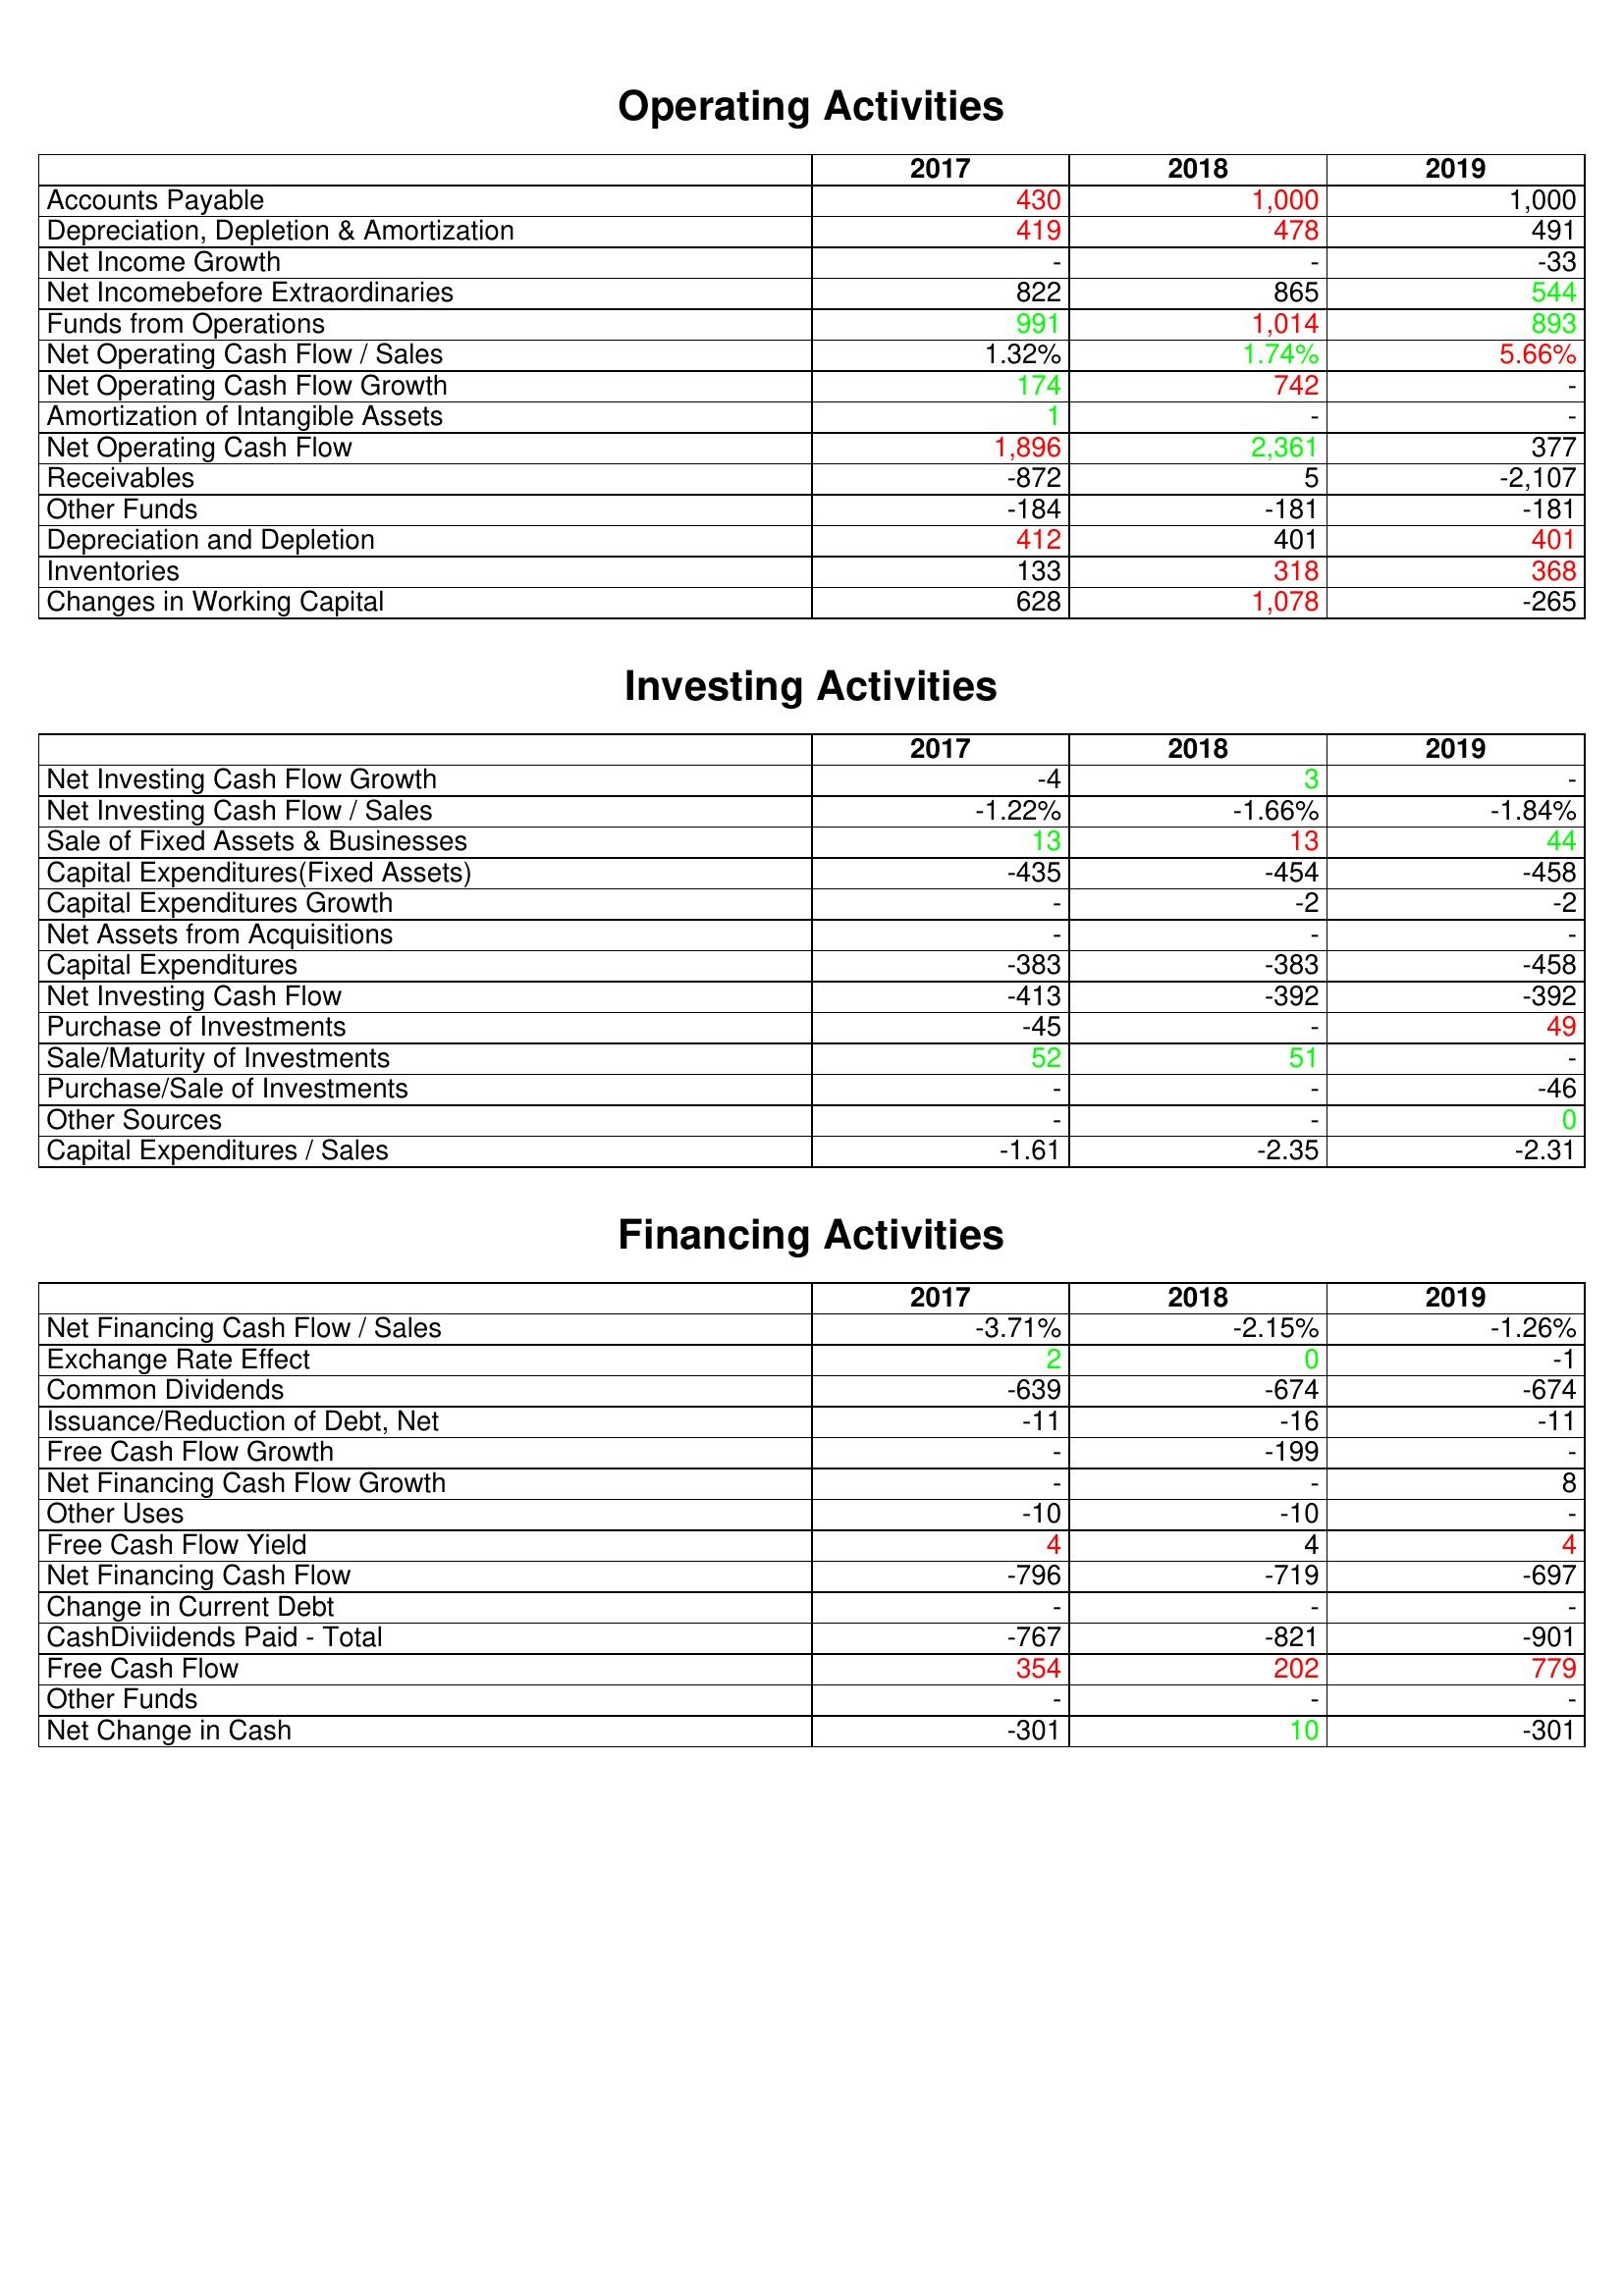
gt_parse: 2017: Operating Activities: Accounts Payable: 430
Depreciation, Depletion & Amortization: 419
Net Income Growth: -
Net Incomebefore Extraordinaries: 822
Funds from Operations: 991
Net Operating Cash Flow / Sales: 1.32%
Net Operating Cash Flow Growth: 174
Amortization of Intangible Assets: 1
Net Operating Cash Flow: 1,896
Receivables: -872
Other Funds: -184
Depreciation and Depletion: 412
Inventories: 133
Changes in Working Capital: 628
Investing Activities: Net Investing Cash Flow Growth: -4
Net Investing Cash Flow / Sales: -1.22%
Sale of Fixed Assets & Businesses: 13
Capital Expenditures(Fixed Assets): -435
Capital Expenditures Growth: -
Net Assets from Acquisitions: -
Capital Expenditures: -383
Net Investing Cash Flow: -413
Purchase of Investments: -45
Sale/Maturity of Investments: 52
Purchase/Sale of Investments: -
Other Sources: -
Capital Expenditures / Sales: -1.61
Financing Activities: Net Financing Cash Flow / Sales: -3.71%
Exchange Rate Effect: 2
Common Dividends: -639
Issuance/Reduction of Debt, Net: -11
Free Cash Flow Growth: -
Net Financing Cash Flow Growth: -
Other Uses: -10
Free Cash Flow Yield: 4
Net Financing Cash Flow: -796
Change in Current Debt: -
CashDiviidends Paid - Total: -767
Free Cash Flow: 354
Other Funds: -
Net Change in Cash: -301
2018: Operating Activities: Accounts Payable: 1,000
Depreciation, Depletion & Amortization: 478
Net Income Growth: -
Net Incomebefore Extraordinaries: 865
Funds from Operations: 1,014
Net Operating Cash Flow / Sales: 1.74%
Net Operating Cash Flow Growth: 742
Amortization of Intangible Assets: -
Net Operating Cash Flow: 2,361
Receivables: 5
Other Funds: -181
Depreciation and Depletion: 401
Inventories: 318
Changes in Working Capital: 1,078
Investing Activities: Net Investing Cash Flow Growth: 3
Net Investing Cash Flow / Sales: -1.66%
Sale of Fixed Assets & Businesses: 13
Capital Expenditures(Fixed Assets): -454
Capital Expenditures Growth: -2
Net Assets from Acquisitions: -
Capital Expenditures: -383
Net Investing Cash Flow: -392
Purchase of Investments: -
Sale/Maturity of Investments: 51
Purchase/Sale of Investments: -
Other Sources: -
Capital Expenditures / Sales: -2.35
Financing Activities: Net Financing Cash Flow / Sales: -2.15%
Exchange Rate Effect: 0
Common Dividends: -674
Issuance/Reduction of Debt, Net: -16
Free Cash Flow Growth: -199
Net Financing Cash Flow Growth: -
Other Uses: -10
Free Cash Flow Yield: 4
Net Financing Cash Flow: -719
Change in Current Debt: -
CashDiviidends Paid - Total: -821
Free Cash Flow: 202
Other Funds: -
Net Change in Cash: 10
2019: Operating Activities: Accounts Payable: 1,000
Depreciation, Depletion & Amortization: 491
Net Income Growth: -33
Net Incomebefore Extraordinaries: 544
Funds from Operations: 893
Net Operating Cash Flow / Sales: 5.66%
Net Operating Cash Flow Growth: -
Amortization of Intangible Assets: -
Net Operating Cash Flow: 377
Receivables: -2,107
Other Funds: -181
Depreciation and Depletion: 401
Inventories: 368
Changes in Working Capital: -265
Investing Activities: Net Investing Cash Flow Growth: -
Net Investing Cash Flow / Sales: -1.84%
Sale of Fixed Assets & Businesses: 44
Capital Expenditures(Fixed Assets): -458
Capital Expenditures Growth: -2
Net Assets from Acquisitions: -
Capital Expenditures: -458
Net Investing Cash Flow: -392
Purchase of Investments: 49
Sale/Maturity of Investments: -
Purchase/Sale of Investments: -46
Other Sources: 0
Capital Expenditures / Sales: -2.31
Financing Activities: Net Financing Cash Flow / Sales: -1.26%
Exchange Rate Effect: -1
Common Dividends: -674
Issuance/Reduction of Debt, Net: -11
Free Cash Flow Growth: -
Net Financing Cash Flow Growth: 8
Other Uses: -
Free Cash Flow Yield: 4
Net Financing Cash Flow: -697
Change in Current Debt: -
CashDiviidends Paid - Total: -901
Free Cash Flow: 779
Other Funds: -
Net Change in Cash: -301